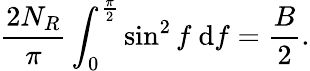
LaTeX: \frac{2N_{R}}{\pi}\int_{0}^{\frac{\pi}{2}}\sin^{2}f~\mathrm{d}f=\frac{B}{2}.